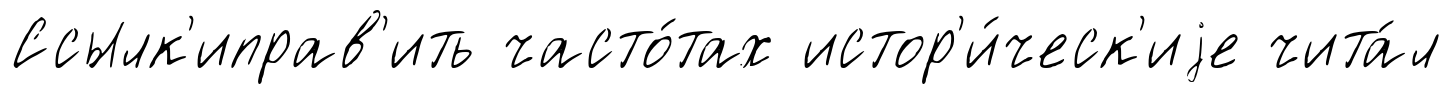
Ссылк'иправ'ить часто́тах истор'и́ческ'иjе чита́л